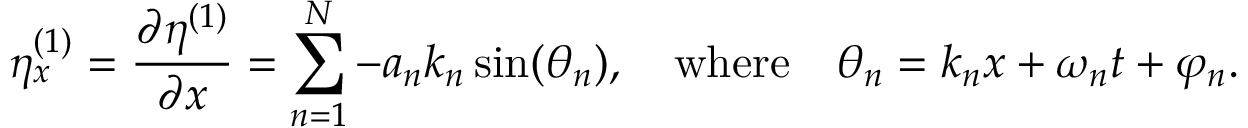
\eta _ { x } ^ { ( 1 ) } = \frac { \partial \eta ^ { ( 1 ) } } { \partial x } = \sum _ { n = 1 } ^ { N } - a _ { n } k _ { n } \sin ( \theta _ { n } ) , \quad \mathrm { w h e r e } \quad \theta _ { n } = k _ { n } x + \omega _ { n } t + \varphi _ { n } .